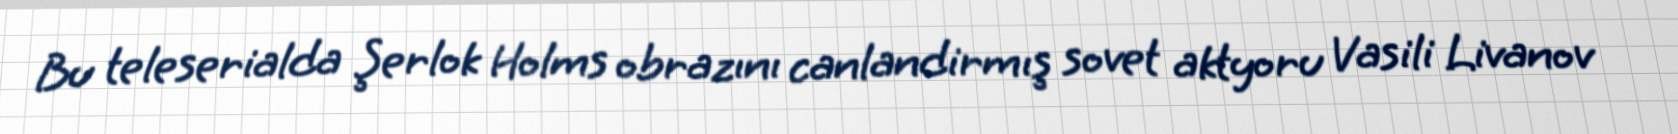
Bu teleserialda Şerlok Holms obrazını canlandirmış sovet aktyoru Vasili Livanov